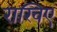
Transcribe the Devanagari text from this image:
राखिए